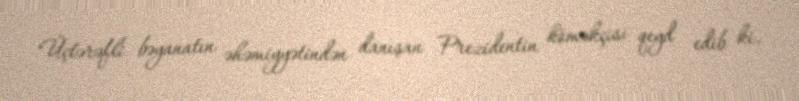
Üçtərəfli bəyanatın əhəmiyyətindən danışan Prezidentin köməkçisi qeyd edib ki,